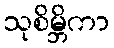
သုစိမ္ဘိကာ